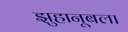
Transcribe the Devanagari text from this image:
झुहानूबला